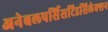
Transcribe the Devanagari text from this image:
अनेबलपर्सिसटिडसिलेक्शन